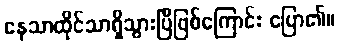
နေသာထိုင်သာရှိသွားပြီဖြစ်ကြောင်း ပြော၏။